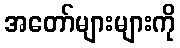
အတော်များများကို